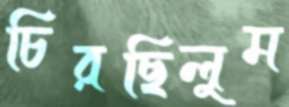
চিরছিলুম